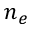
n _ { e }